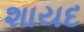
શાયદ